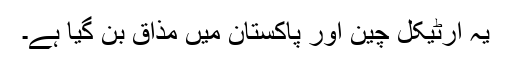
یہ آرٹیکل چین اور پاکستان میں مذاق بن گیا ہے۔